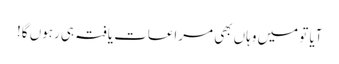
آیا تو میں وہاں بھی مراعات یافتہ ہی رہوں گا!